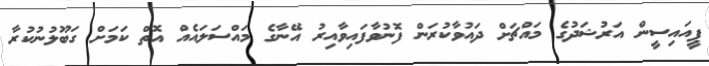
ޕީއައިސީން އަރުޝަދުގެ މައްޗަށް ދައުވާކުރަން ފޮނުވާފައިވާއިރު އޭނާގެ މައްސަލައެއް އޮތް ކަމަށް ގަބޫލުނުކުރާ